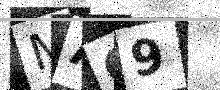
Text: MAG9